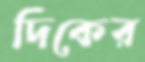
দিকের